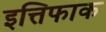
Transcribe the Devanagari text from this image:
इत्तिफाक